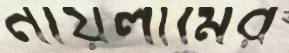
নায়লামের